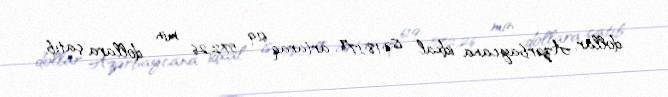
dollar, Azərbaycana idxal isə 18,17% artaraq 619 572,26 min dollara çatıb.